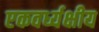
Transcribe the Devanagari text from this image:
एकवर्ध्यक्षीय